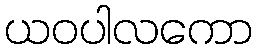
ယဝပါလကော